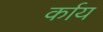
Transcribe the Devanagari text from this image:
र्काय